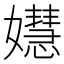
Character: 𡣺